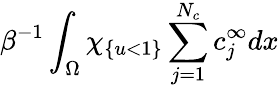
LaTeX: \beta^{-1}\int_{\Omega}\chi_{\{ u<1\} }\sum_{j=1}^{N_{c}}c_{j}^{\infty}dx